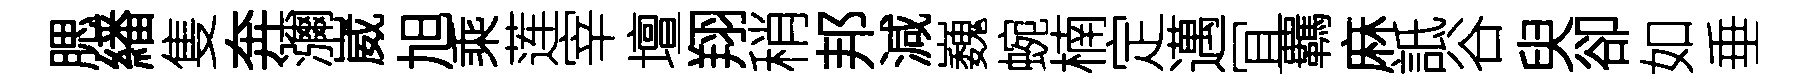
腮繙隻奔瀰崴旭乘莲宰壇翔稍邦減巍蜿楠定邁冝覊麻詆谷臾卻如垂